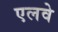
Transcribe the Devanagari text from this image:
एलवे